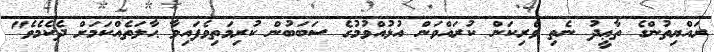
ރައްޔިތުންގެ ތާޢީދު ނެތި ވެރިކަން ކުރައްވަން އުޅުއްވުމުގެ ސަބަބުން ކުރިމަތިވެފައިވާ ޙާލަތެއްކަމަށް ދެކެމެވެ"